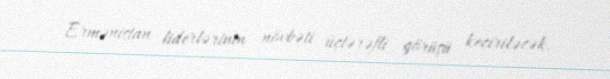
Ermənistan liderlərinin növbəti üçtərəfli görüşü keçiriləcək.